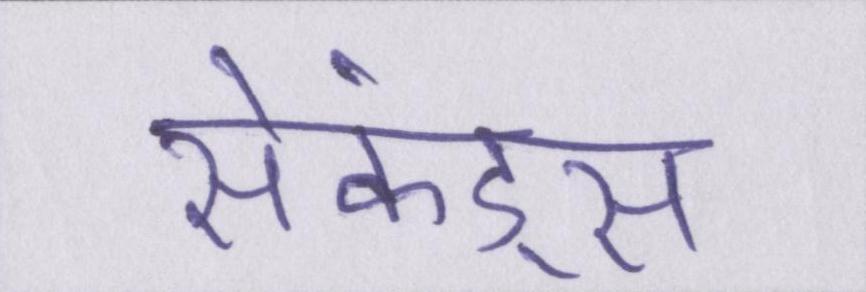
सेकंड्स